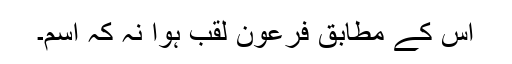
اس کے مطابق فرعون لقب ہوا نہ کہ اسم۔